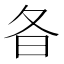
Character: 𣅈